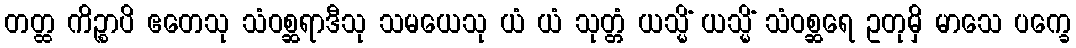
တတ္ထ ကိဉ္စာပိ ဧတေသု သံဝစ္ဆရာဒီသု သမယေသု ယံ ယံ သုတ္တံ ယသ္မိံ ယသ္မိံ သံဝစ္ဆရေ ဥတုမှိ မာသေ ပက္ခေ